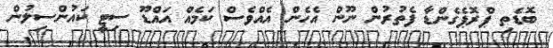
ބޮޑެތި ޕްރޮޕެގެންޑާ ފެތުރުން ނޫން އެހެން އެެއްވެސް ކަމެއް އައްޑޫ ސިޓީ ކައުންސިލުން